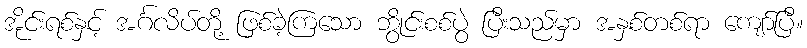
အိုင်းရစ်နှင့် အင်္ဂလိပ်တို့ ဖြစ်ခဲ့ကြသော ဘွိုင်းစစ်ပွဲ ပြီးသည်မှာ အနှစ်တစ်ရာ ကျော်ပြီ။